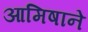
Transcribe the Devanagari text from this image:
आमिषाने